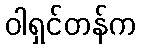
ဝါရှင်တန်က